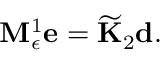
{ \bf M } _ { \epsilon } ^ { 1 } \mathbf { e } = \widetilde { \bf K } _ { 2 } \mathbf { d } .